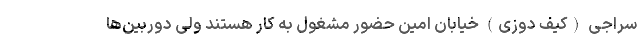
سراجی (کیف دوزی) خیابان امین حضور مشغول به کار هستند ولی دوربین‌ها